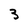
Character: 3